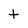
Character: t